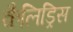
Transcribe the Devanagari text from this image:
कैलिड्रिस